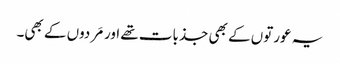
یہ عورتوں کے بھی جذبات تھے اور مَردوں کے بھی۔